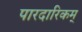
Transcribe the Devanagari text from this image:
पारदारिकम्